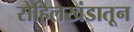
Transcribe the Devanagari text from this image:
रोहिलखंडातून